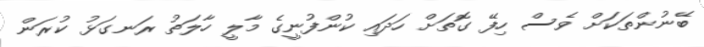
ބޭނުންތަކަށް ވެސް ހިފޭ ގޮތަށް ހަދައި ކުންފުނީގެ މާލީ ހާލަތު ރަނގަޅު ކުރަން